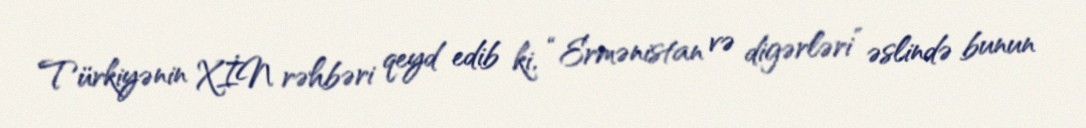
Türkiyənin XİN rəhbəri qeyd edib ki, “Ermənistan və digərləri” əslində bunun